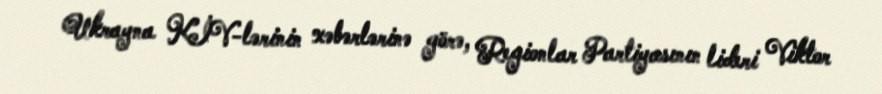
Ukrayna KİV-lərinin xəbərlərinə görə, Regionlar Partiyasının lideri Viktor